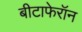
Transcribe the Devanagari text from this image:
बीटाफेरॉन